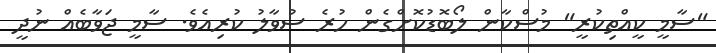
"ސާމީ ކީއްތިކުރީ" މުސްކާން ލޯބޮޑުކޮށްގެން ހުރެ ސުވާލު ކުރިއެވެ. ސާމީ ޖަވާބެއް ނުދީ